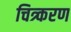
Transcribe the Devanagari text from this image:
चित्र्करण